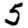
Digit: 5